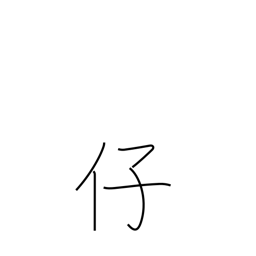
Meaning: fine